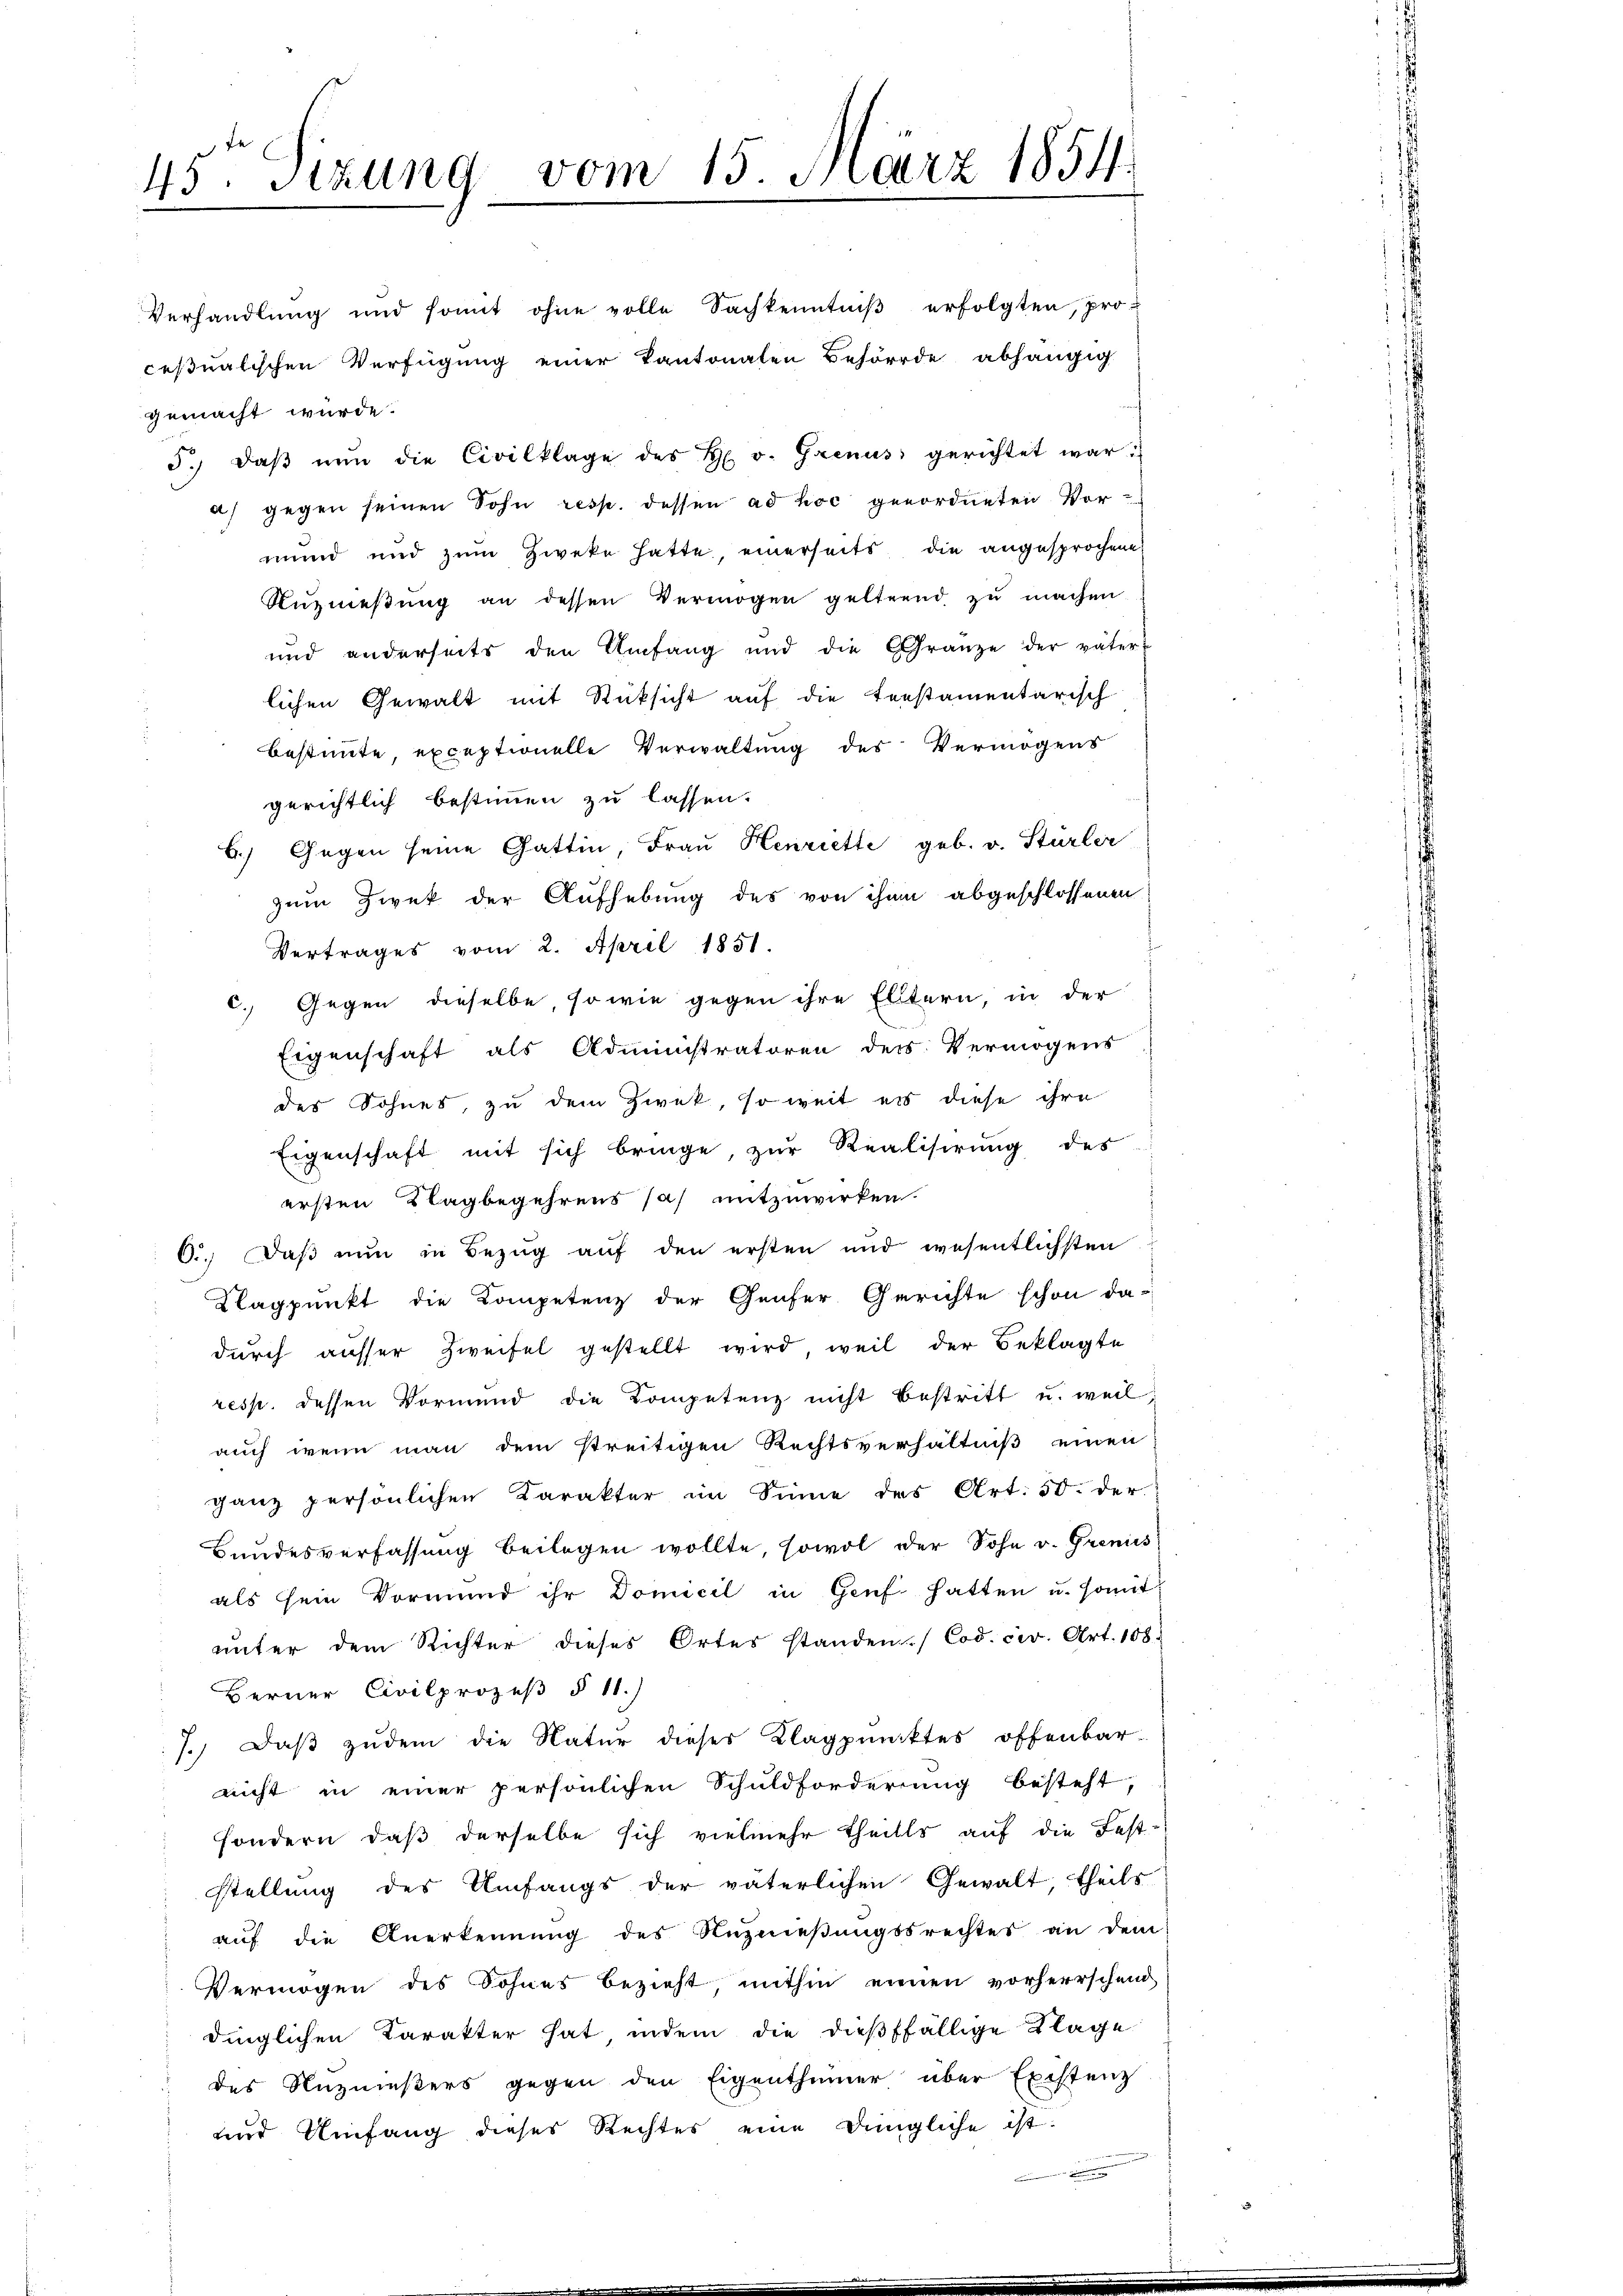
45ten Sizung vom 15. März 1854

Verhandlung und somit ohne volle Sachkenntniβ erfolgten, pro-
cesualischen Verfügung einer Kantonalen Behörde abhängig
gemacht wurde.
5. daβ nŭn die Civilklage des H. v. Grenus gerichtet war.
a) gegen seinen Sohn resp. dessen ad hoc genordneten Vor-
mund und zum Zweke hatte, einerseits die angesprochene
Nŭzmeßung an dessen Vermögen gelternd zu machen.
und anderseits den Umfang und die Gränze der väter-
lichen Gewalt mit Rücksicht auf die testamentarisch
Bestimmte exceptionelle Verwaltung des Vermögens
gerichtlich bestimmen zu lassen.
6.) Gegen seine Gattin, Frau Henriette geb. v. Stürler
zum Zwek der Aufhebung des von ihm abgeschlossenen
Vertrages vom 2. April 1851.
c. Gegen dieselbe, so wie gegen ihre Eltern, in der
Eigenschaft als Administratoren der Vermögens
des Sohnes, zu dem Zwek, so weit es diese ihre
Eigenschaft mit sich bringe, zŭr Realisirung des
ersten Klagbegehrens sah mitzuwirken.
C.. Daß nun in Bezug auf den ersten und wesentlichsten
Klagpunkt die Kompetenz der Genfer Gerichte schon dadurch ausser Zweifel gestellt wird, weil der Beklagte
resp. dessen Vormund die Kompetenz nicht bestritt u. weil,
auch wenn man dem streitigen Rechtsverhältniß einen
ganz persönlichen Karakter im Sinne des Art. 50. der
Bundesverfassung beilagen wollte, sowol der Sohn v. Grenis
als sein Vormund ihr Domicil in Genf hatten u. somit
unter dem Richter dieses Ortes standen (Cod. cer. Art. 108.
Berner Civilprozeß § 11.)
7.) Daß zudem die Natur dieses Klagpunktes offenbar-
nicht in einer persönlichen Schuldforderung besteht,
sondern, daß derselbe sich vielmehr theilte auf die Fest-
stellung des Umfangs der väterlichen Gewalt, theils
auf die Anerkennung des Nuznieβŭngssrechtes an dem
Vermögen des Sohnes bezieht, mithin einen vorherrschend
dinglichen Karakter hat, indem die dießfällige Klage
des Nuzmußers gegen den Eigenthümer über Existenz
und Umfang dieses Rechtes eine Dingliche ist.
.